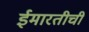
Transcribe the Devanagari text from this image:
ईमारतीची